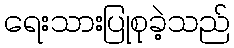
ရေးသားပြုစုခဲ့သည်